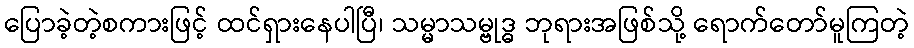
ပြောခဲ့တဲ့စကားဖြင့် ထင်ရှားနေပါပြီ၊ သမ္မာသမ္ဗုဒ္ဓ ဘုရားအဖြစ်သို့ ရောက်တော်မူကြတဲ့